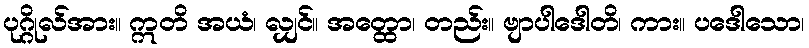
ပုဂ္ဂိုလ်အား။ ဣတိ အယံ၊ လျှင်။ အတ္ထော၊ တည်း။ ဗျာပါဒေါတိ၊ ကား။ ပဒေါသော၊